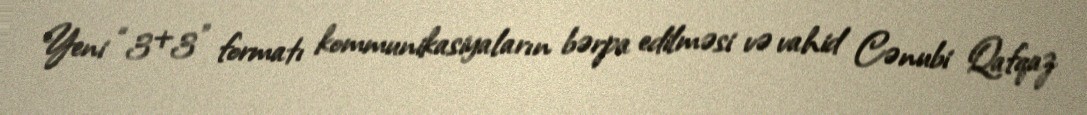
Yeni “3+3” formatı kommunikasiyaların bərpa edilməsi və vahid Cənubi Qafqaz